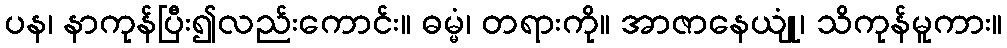
ပန၊ နာကုန်ပြီး၍လည်းကောင်း။ ဓမ္မံ၊ တရားကို။ အာဇာနေယျုံ၊ သိကုန်မူကား။